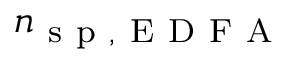
n _ { \mathrm { ~ s ~ p ~ } , \mathrm { ~ E ~ D ~ F ~ A ~ } }